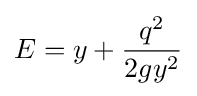
E=y+{\frac {q^{2}}{2gy^{2}}}